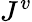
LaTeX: J^{v}